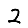
Digit: 2